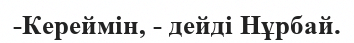
-Кереймін, - дейді Нұрбай.